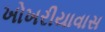
ખોખરીયાવાસ